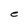
Character: e